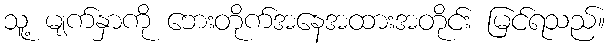
သူ့ မျက်နှာကို ဘေးတိုက်အနေအထားအတိုင်း မြင်ရသည်။